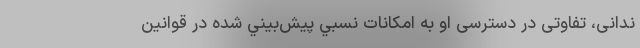
ندانی، تفاوتی در دسترسی او به امكانات نسبي پيش‌بيني شده در قوانين